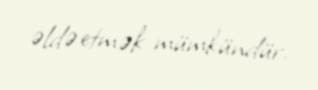
əldə etmək mümkündür.